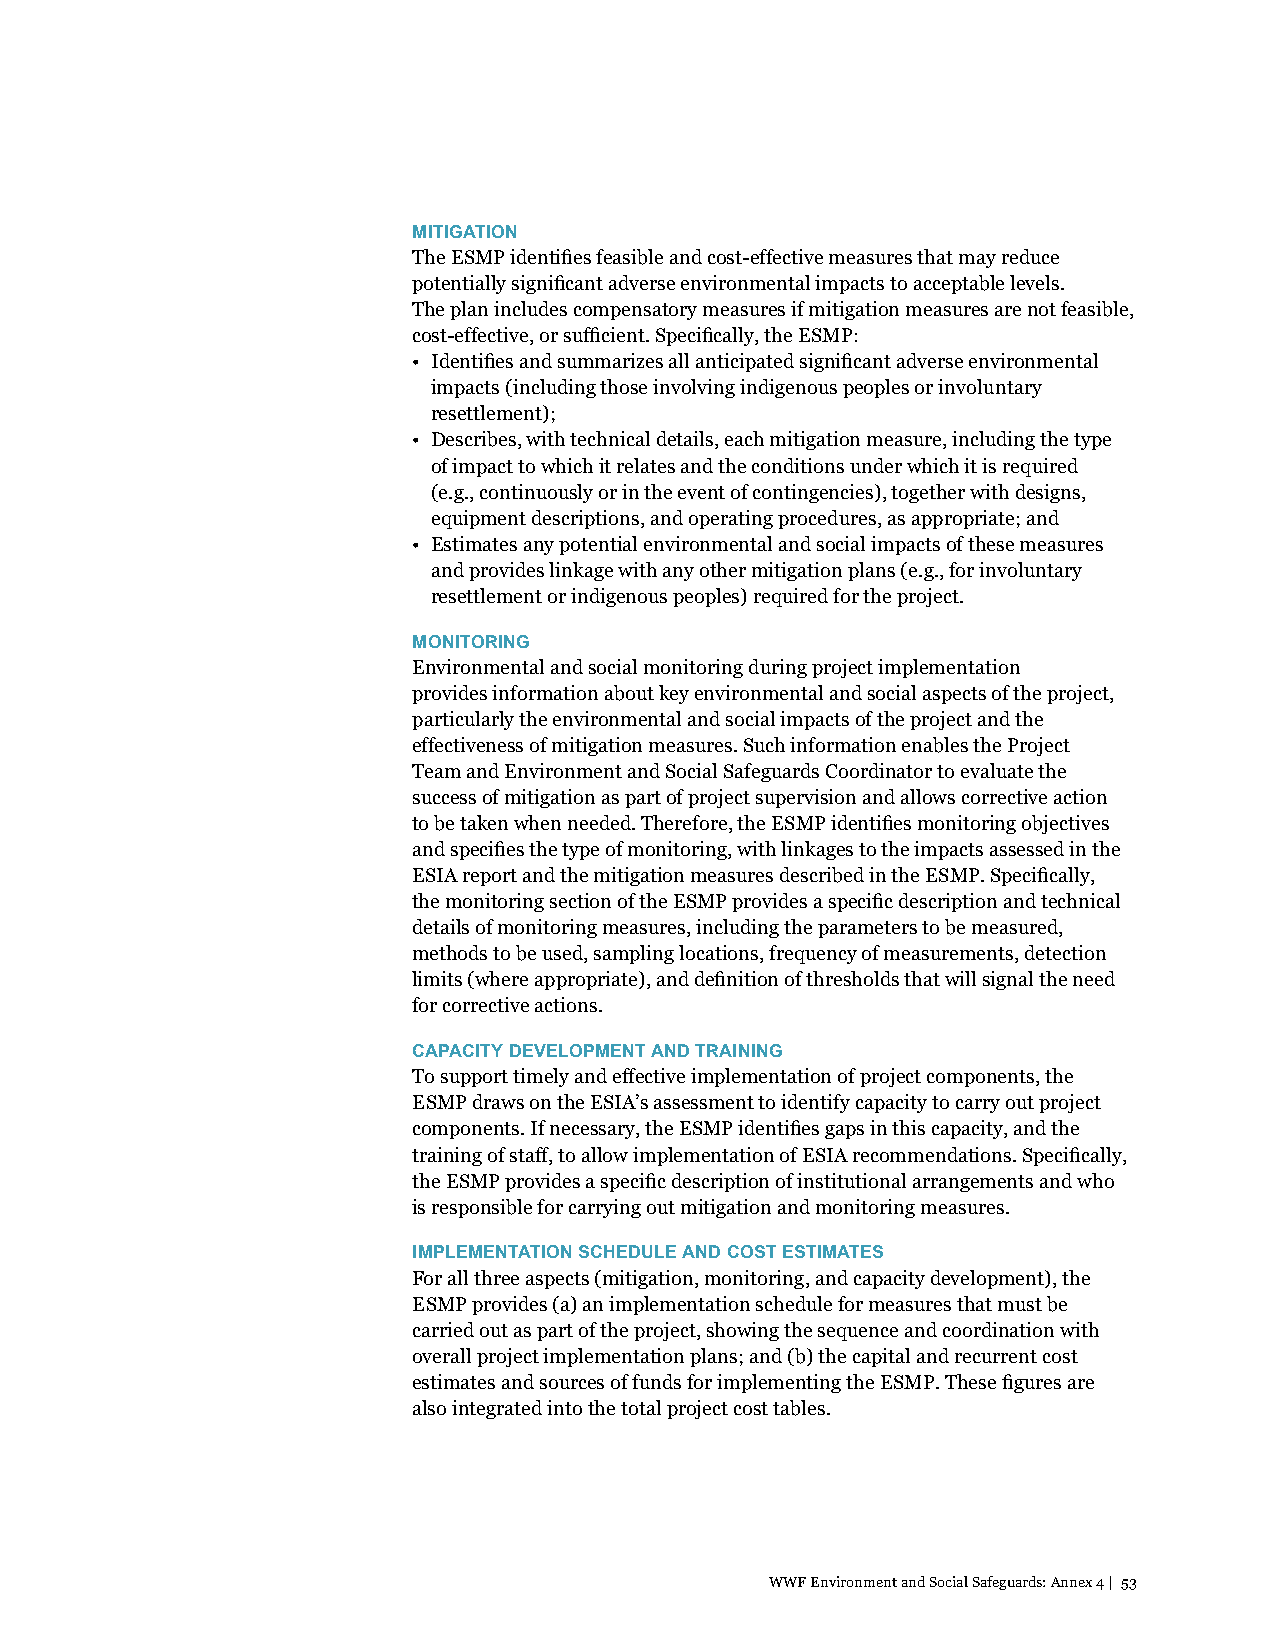
MITIGATION
 The ESMP identifies feasible and cost-effective measures that may reduce
 potentially significant adverse environmental impacts to acceptable levels.
 The plan includes compensatory measures if mitigation measures are not feasible,
 cost-effective, or sufficient. Specifically, the ESMP:
 • Identifies and summarizes all anticipated significant adverse environmental
 impacts (including those involving indigenous peoples or involuntary
 resettlement);
 • Describes, with technical details, each mitigation measure, including the type
 of impact to which it relates and the conditions under which it is required
 (e.g., continuously or in the event of contingencies), together with designs,
 equipment descriptions, and operating procedures, as appropriate; and
 • Estimates any potential environmental and social impacts of these measures
 and provides linkage with any other mitigation plans (e.g., for involuntary
 resettlement or indigenous peoples) required for the project.
 MONITORING
 Environmental and social monitoring during project implementation
 provides information about key environmental and social aspects of the project,
 particularly the environmental and social impacts of the project and the
 effectiveness of mitigation measures. Such information enables the Project
 Team and Environment and Social Safeguards Coordinator to evaluate the
 success of mitigation as part of project supervision and allows corrective action
 to be taken when needed. Therefore, the ESMP identifies monitoring objectives
 and specifies the type of monitoring, with linkages to the impacts assessed in the
 ESIA report and the mitigation measures described in the ESMP. Specifically,
 the monitoring section of the ESMP provides a specific description and technical
 details of monitoring measures, including the parameters to be measured,
 methods to be used, sampling locations, frequency of measurements, detection
 limits (where appropriate), and definition of thresholds that will signal the need
 for corrective actions.
 CAPACITY DEVELOPMENT AND TRAINING
 To support timely and effective implementation of project components, the
 ESMP draws on the ESIA’s assessment to identify capacity to carry out project
 components. If necessary, the ESMP identifies gaps in this capacity, and the
 training of staff, to allow implementation of ESIA recommendations. Specifically,
 the ESMP provides a specific description of institutional arrangements and who
 is responsible for carrying out mitigation and monitoring measures.
 IMPLEMENTATION SCHEDULE AND COST ESTIMATES
 For all three aspects (mitigation, monitoring, and capacity development), the
 ESMP provides (a) an implementation schedule for measures that must be
 carried out as part of the project, showing the sequence and coordination with
 overall project implementation plans; and (b) the capital and recurrent cost
 estimates and sources of funds for implementing the ESMP. These figures are
 also integrated into the total project cost tables.
 WWF Environment and Social Safeguards: Annex 4 | 53